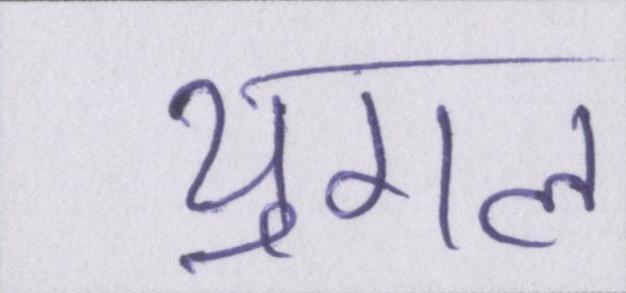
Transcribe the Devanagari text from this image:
युगल